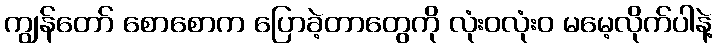
ကျွန်တော် စောစောက ပြောခဲ့တာတွေကို လုံးဝလုံးဝ မမေ့လိုက်ပါနဲ့